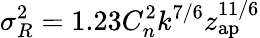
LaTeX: \sigma_{R}^{2}=1.23C_{n}^{2}k^{7/6}z_{\mathrm{ap}}^{11/6}